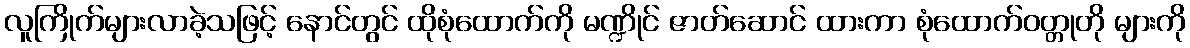
လူကြိုက်များလာခဲ့သဖြင့် နောင်တွင် ထိုစုံထောက်ကို မဏ္ဍိုင် ဇာတ်ဆောင် ထားကာ စုံထောက်ဝတ္တုတို များကို